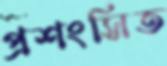
প্রশংসিত